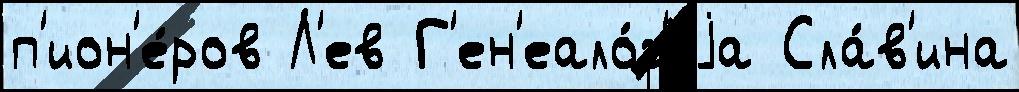
п'ион'е́ров Л'ев Г'ен'еало́г'иjа Сла́в'ина